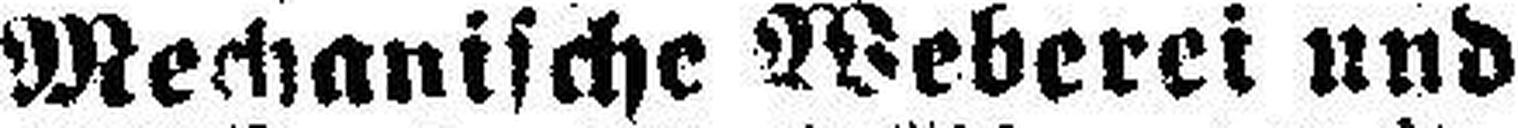
Mechanische Weberei und